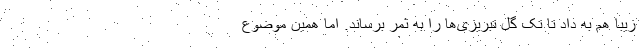
زیبا هم به داد تا تک گل تبریزی‌ها را به ثمر برساند. اما همین موضوع